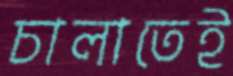
চালাতেই